Medical and sanitary report of the native army of Bengal for the year
Year: 1878
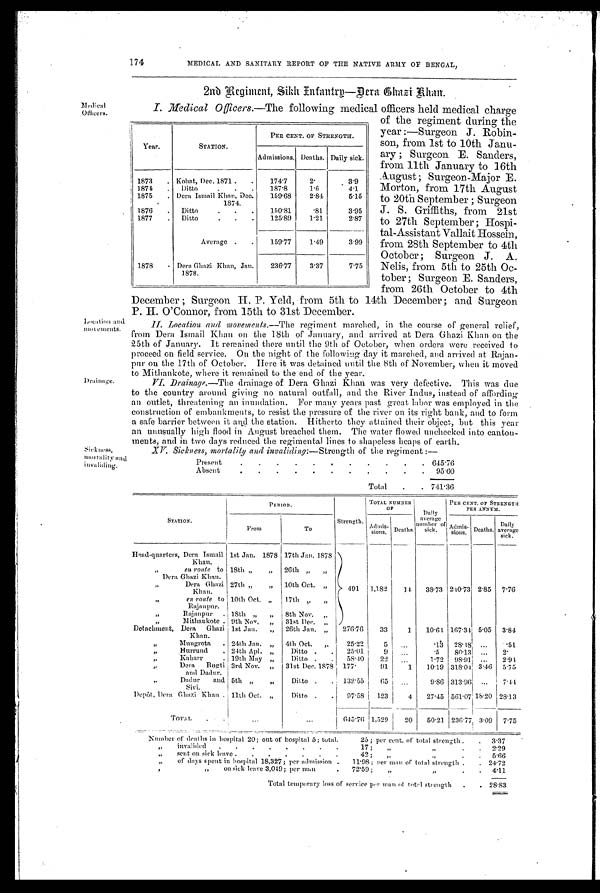
Medical
Officers.
Location and
movements.
Drainage.
Sickness,
mortality and
invaliding.
174
MEDICAL AND SANITARY REPORT OF THE NATIVE ARMY OF BENGAL,
2nd Regiment, Sikh Infantry—Dera Chazi Rhan.
I. Medical Officers.—T h e
f o l l o w i n g m e d i c a l o f f i c e r s h e l d m e d i c a l c h a r g e
of the regiment during the
year :—Surgeon J. Robin-
son, from 1st to 10th Janu-
ary ; Surgeon E. Sanders,
from 11th January to 16th
August ; Surgeon-Major E.
Morton, from 17th August
to 20th September ; Surgeon
J. S. Griffiths, from 21st
to 27th September ; Hospi-
tal-Assistant Vallait Hossein,
from 28th September to 4th
October ; Surgeon J. A.
Nelis, from 5th to 25th Oc-
tober ; Surgeon E. Sanders,
from 26th October to 4th
December ; Surgeon H. P. Yeld, from 5th to 14th December ; and Surgeon
P. H. O' Connor, from 156th to 31st December.
II. Location and movements.— The regiment marched, in the course of general relief,
from Dera Ismail Khan on the 18th of January, and arrived at Dera Ghazi Khan on the
25th of January. It remained there until the 9th of October, when orders were received to
proceed on field service. On the night of the following day it marched, and arrived at Rajan-
pur on the 17th of October. Here it was detained until the 8th of November, when it moved
to Mithankote, where it remained to the end of the year.
VI. Drainage.—The drainage of Dera Ghazi Khan was very defective. This was due
to the country around giving no natural outfall, and the River Indus, instead of affording
an outlet, threatening an inundation. For many years past great labor was employed in the
construction of embankments, to resist the pressure of the river on its right bank, and to form
a sale barrier between it and the station. Hitherto they attained their object, but this year
an unusually high flood in August breached them. The water flowed unchecked into canton-
ments, and in two days reduced the regimental lines to shapeless heaps of earth.
XV. Sickness, mortality and invaliding:— Strength of the regiment :—
Present
. . . . . . . . . . . 645.76
Absent
. . . . . . . . . . . 9 5 . 6 0
Total . . 741.36
Year.
STATION.
PER CENT. OF STRENGTH.
Admissions. Deaths. Daily sick.
1873 . Kohnt, Dec. 1871. . 174.7
2.
3.9
1874 . Ditto
.
. . 187.8
1.6
4.1
1875 . Dera. Ismail Khan, Dec. 1874. 159.68 2.84
5.15
1876 . Ditto
. . . 150.81
. 8 1 3.95
1877 . Ditto
. . . 125.89 1.21
2.87
Average . . 159.77 1.49
3.99
1878 . Dera Ghazi Khan, Jan.
1878.
236.77 3.37
7.75
PERIOD.
TOTAL NUMBER
OF
Daily
average number
of sick.
PER CENT. or STRENGTH
PER ANNUM.
STATION.
From
To
Strength. Admis
sions. Deaths.
Admis sions. Deaths. Daily.
average sick.
Head-quarters, Dera Ismail
Khan.
1st Jan. 1878 17th Jan. 1878
„
en route to
Dera Ghazi Khan.
18th „ „ 26th „ „
,,
Dora Ghazi
Khan.
27th „ „ 10th Oct. , , 491 1,182 14 38.73 240.73 2.85 7.76
,, en route to
Rajanpur.
10th Oct. „ 17th ,, „
,,
Rajanpur . 18th „ „ 8th Nov. „
,,
Mithankote 9th Nov. „ 31st Dec. „
Detachment, Dera Ghazi
Khan.
1st Jan. „ 26th Jan. „ 276.76 33
1 10.64 167.34 5.05 3.84
,,
Mungrota . 24th Jan. „ 4th Oct. „ 25.22
5
. . . .13 28.18 ... .51
,,
Hurrund . 24th Apl. „ Ditto. . 25.01
9 ...
.5 80.13i ... 2.
, ,
Kaharr
. 19th May „ Ditto. . 58.40 22 ...
1.72 98.91 . . . 2.94
,,
Dera Bugti
and Dadur.
3rd Nov. „ 31st Dec. 1878 177.
91
1 10.19 318.04. 3.46 5.75
, , 2
D a d a r a n d
Sivi.
5th „ „ Ditto. . 132.55 65 ...
9.86 313.96 ... 7.44
Depôt, Dera Ghazi Khan.
11th Oct. „ Ditto. . 97.58 123
4 27.45
5 6 1 . 0 7 18.20 28.13
TOTAL .
...
. . .
645.76 1,529 20 50.21 236.77 3.09 7.75
Number of deaths in hospital 20; out of hospital 5; total.
25; per cent. of total strength . . 3.37
„ invalided . . . . . . . .
17 ; „
,,
. 2.29
„ sent on sick leave . . . . . . .
42 ; „
. . 5 . 6 6
, , of days spent in hospital 18,327; per admission . 11.98; per man of total strength . . 24.72
, ,
„ on sick leave 3,049 per man . 72.59
, ,
„,, . 4.11
Total temporary loss of service per man of total strength . . 2 8 . 8 3